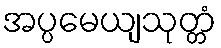
အပ္ပမေယျသုတ္တံ